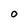
Character: O